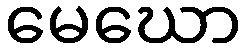
မေဃော